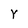
Character: Y